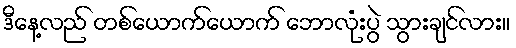
ဒီနေ့လည် တစ်ယောက်ယောက် ဘောလုံးပွဲ သွားချင်လား။